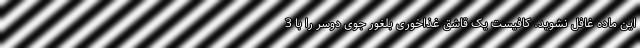
این ماده غافل نشوید. کافیست یک قاشق غذاخوری بلغور جوی دوسر را با 3